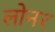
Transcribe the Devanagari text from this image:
लोनर